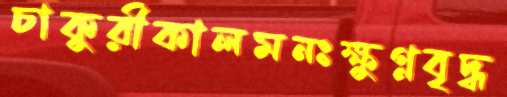
চাকুরীকালমনঃক্ষুণ্ণবৃদ্ধ